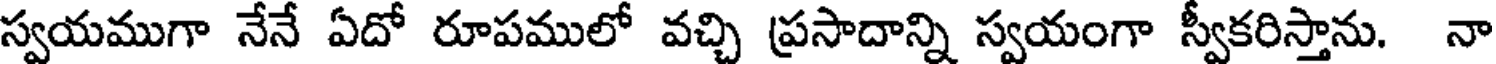
స్వయముగా నేనే ఏదో రూపములో వచ్చి ప్రసాదాన్ని స్వయంగా స్వీకరిస్తాను. నా